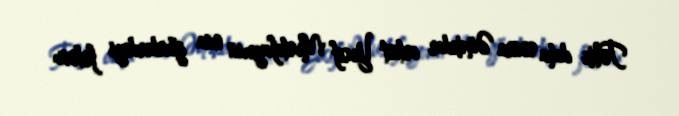
Tolik daha sonra Əməkdar artist Yusif Mustafayevin ona göndərdiyi fotonu